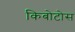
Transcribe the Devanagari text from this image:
किबोटोस